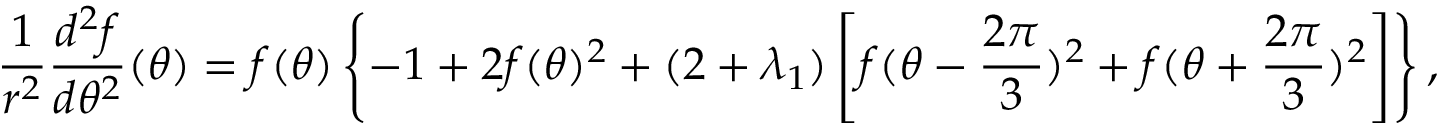
\frac { 1 } { r ^ { 2 } } \frac { d ^ { 2 } f } { d \theta ^ { 2 } } ( \theta ) = f ( \theta ) \left\{ - 1 + 2 f ( \theta ) ^ { 2 } + ( 2 + \lambda _ { 1 } ) \left[ f ( \theta - \frac { 2 \pi } { 3 } ) ^ { 2 } + f ( \theta + \frac { 2 \pi } { 3 } ) ^ { 2 } \right] \right\} ,